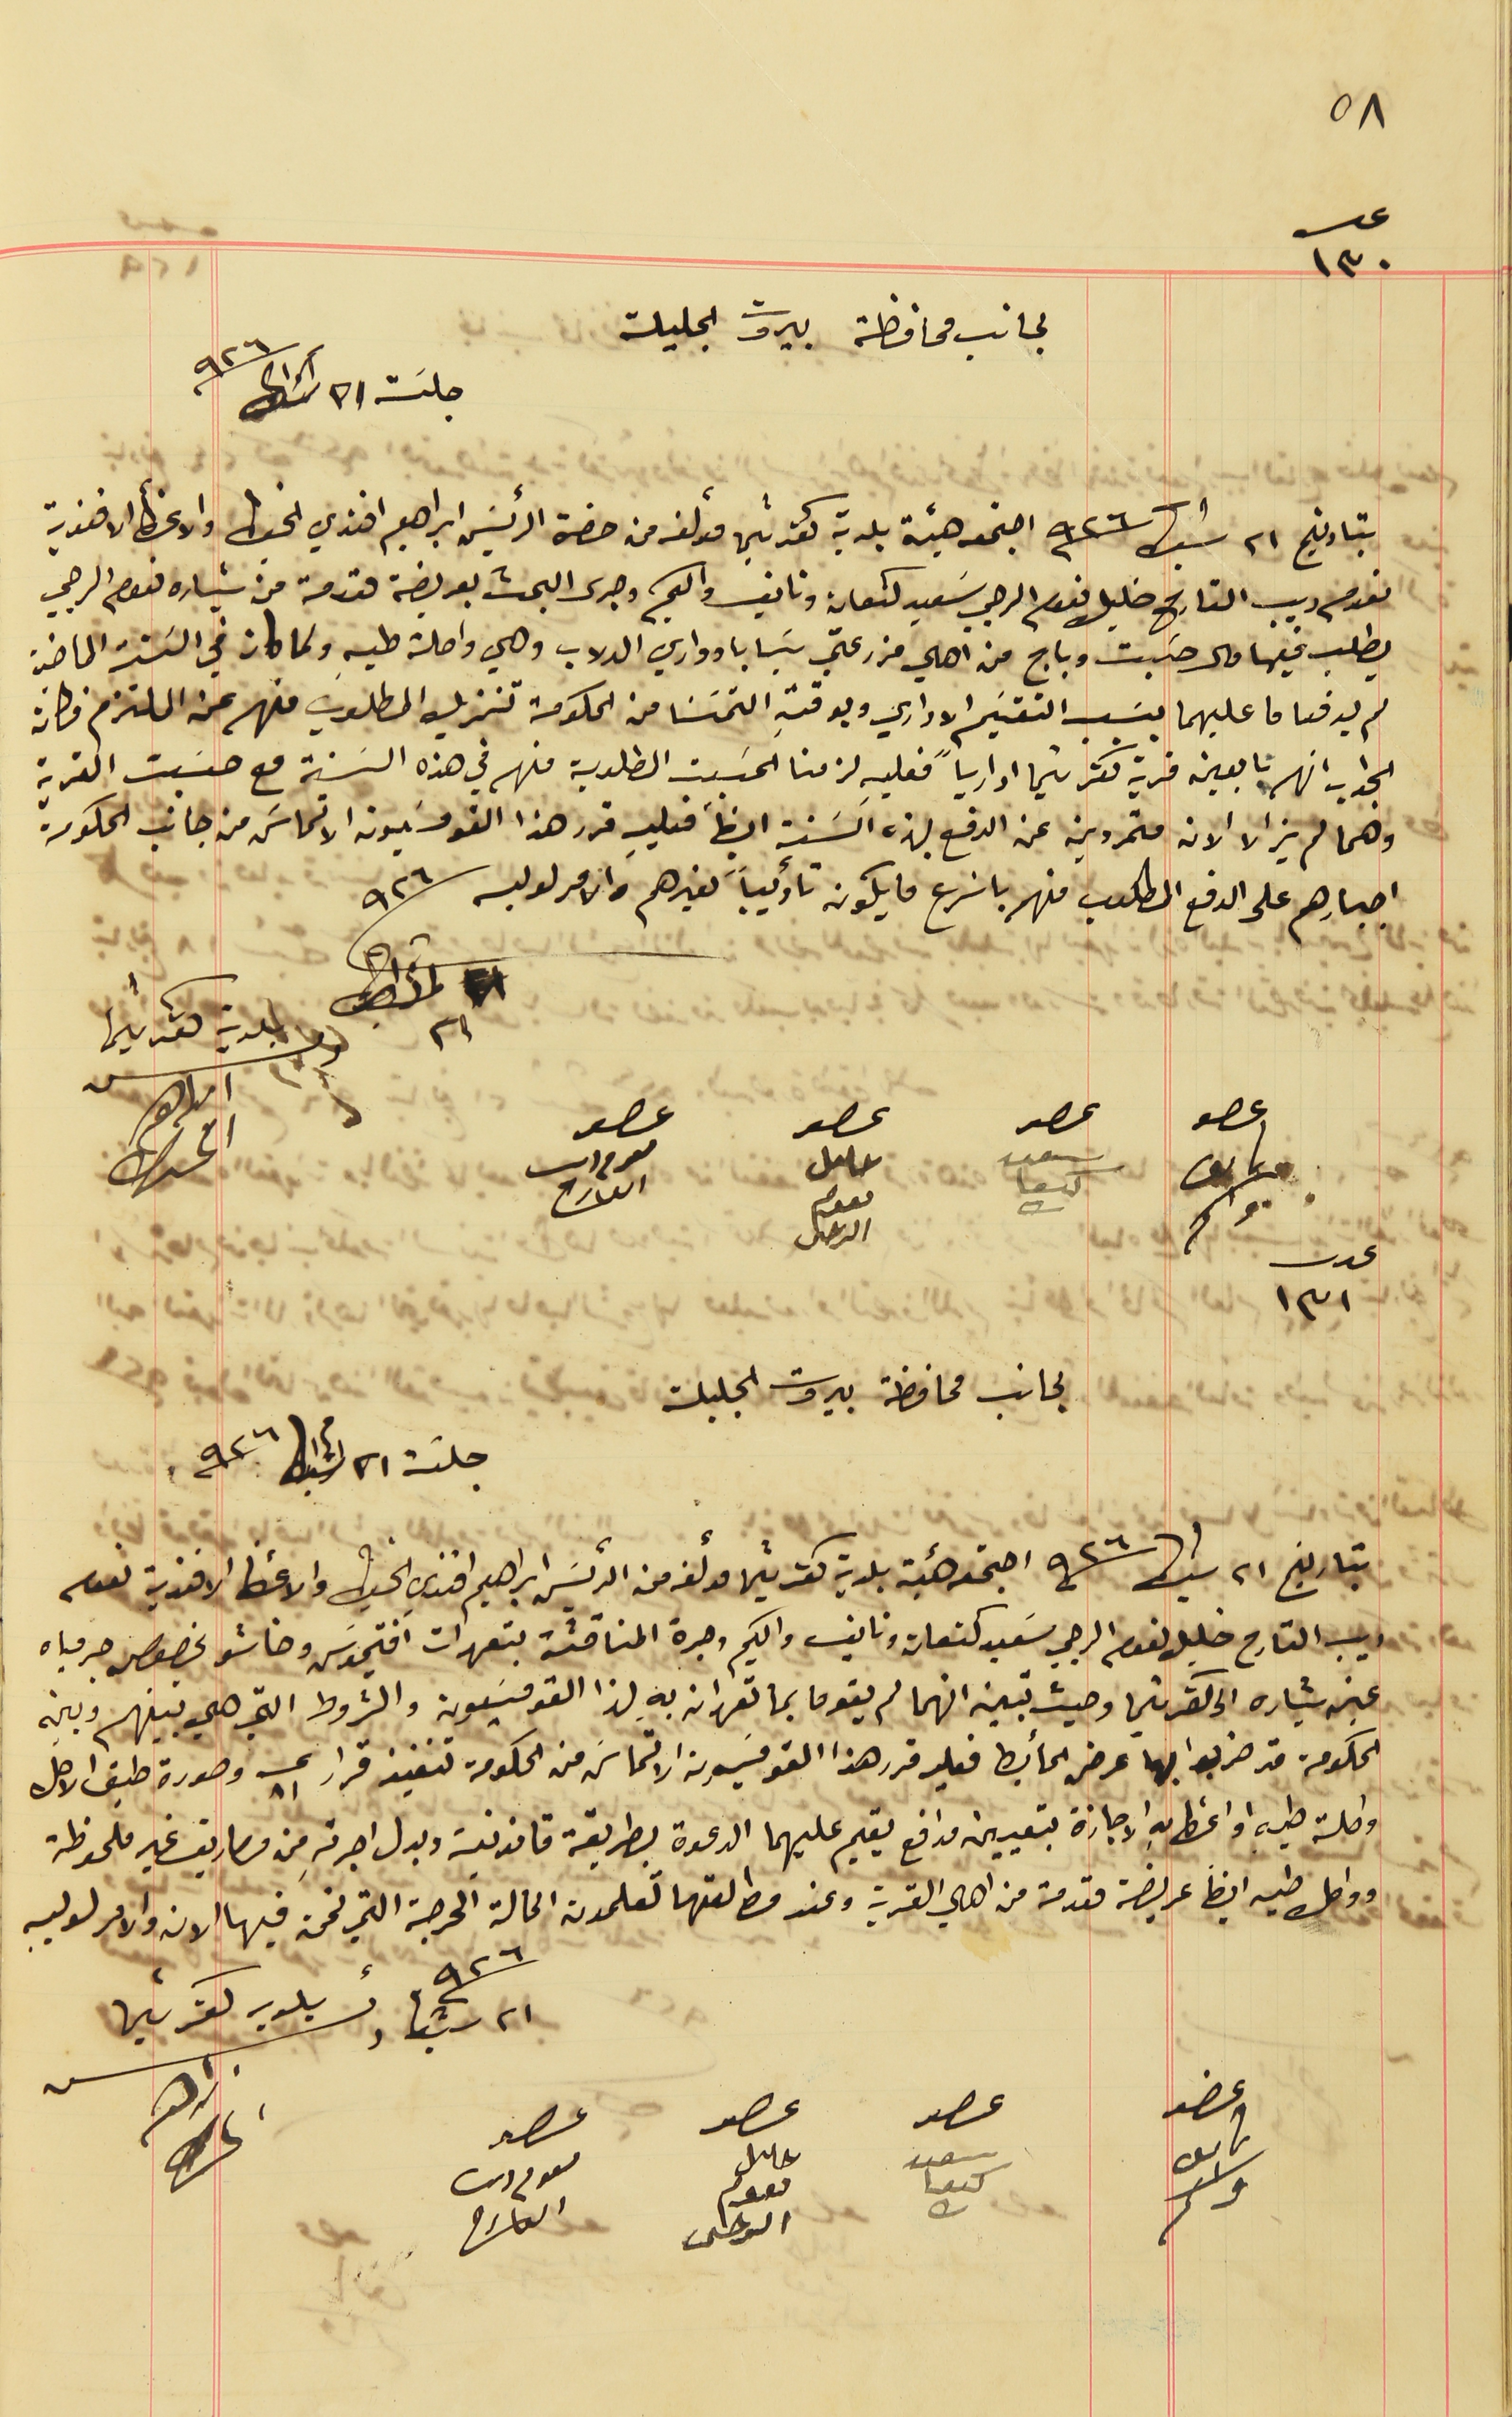
٥٨
عدد ١٣٠
لجانب محافظة بيروت الجليلة
جلسَة ٢١ شباط سنة ٩٢٦
بتاريخ ٢١ شباط سنة ٩٢٦ اجتمع هيئة بلدية كفرشيما مؤلفه من حضرة الرئيسَ ابراهيم افندي الخياط والاعضأ الافندية
يطلب فيها مال حسَبت وباج من اهالي مزرعتي بسَابا ووادي الدلاب وهي واصلة طيه ولما كان في السَنة الماضية
لم يدفعا ما عليهما بسَبب التقسَيم الاداري وبوقتهِ التمسَنا من الحكومة تنزيل المطلوب منهم عن الملتزم فكان
 الجواب انهم تابعين قرية كفرشيما ادارياً فعليهِ لزمنا الحسَبت المطلوبة منهم في هذه السَنة مع حسَبت القرية
وهما لم يزالا الان متمردين عن الدفع بهذه السَنة ايضاً فعليه قرر هذا القومسَيون الالتماسَ من جانب الحكومة
اجبارهم على الدفع المطلوب منهم باسَرع ما يكون تأديباً لغيرهم والامر لوليه
٢١ شباط سنة ٩٢٦
رىس بلدية كفرشيما ابراهىم الخىاط
لجانب محافظة بيروت الجليلة
جلسى ٢١ شباط سنة ٩٢٦
بتاريخ ٢١ شباط سنة ٩٢٦ اجتمعه هيئة بلدية كفرشيما مؤلفه من الرئيسَ ابراهيم افندي الخياط والاعضأ الافندية نعوم
ديب القارح خليل نعوم الرجي سَعيد كنعان ونايف واكيم وجرة المناقشة بتعهدات افتيموسَ وخاشو بخصوص جر مياه
عين بشاره الى كفرشيما وحيث تبين انهما لم يقوما بما تعهدان به لهذا القومسَوين والشروط التي هي بينهم وبين
الحكومة قد ضربوا بها عرض الحائط فعليه قرر هذا القومسَيون الالتماسَ من الحكومة تنفيذ قرار عــ ٨١ وصورة طبق الاصل
 واصلة طيه او اعطـأهِ الاجازة بتعيين مدافع يقيم عليهما الدعوة بطريقة قانونية وبدل اجرتهِ من مصاريف غير ملحوظة
َوواصل طيه ايضاً عريضة مقدمة من اهالي القرية وعند مطالعتها تعلمون الحالة الحرجة التي نحن فيها الان والامر لوليه
نعوم ديب القارح خليل نعوم الرجي سَعيد كنعان ونايف واكيم وجرى البحث بعريضة مقدمة من بشاره نعوم الرجي
عصو واكىم
عصو سعىد كىعان
عصو حلىل نعوم الرحى
عصو نعوم دىب القارح
عدد ١٣١
٢١ شباط سنة ٩٢٦  رئىس بلديه كفرشيما ابرهىم الحىاط
عضو ناىف واكىم
عصو سعىد كىعان
عصو حلىل نعوم الرحى
عصو ىعوم دىب العارح